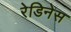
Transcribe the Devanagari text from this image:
रेडिनेस